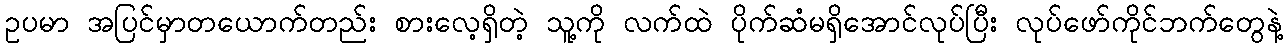
ဥပမာ အပြင်မှာတယောက်တည်း စားလေ့ရှိတဲ့ သူ့ကို လက်ထဲ ပိုက်ဆံမရှိအောင်လုပ်ပြီး လုပ်ဖော်ကိုင်ဘက်တွေနဲ့